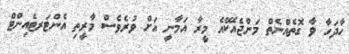
ހާދަހާ ވާ ގޮތެއްނެތް މަންޖެއެކޭއެ މީރާ އަމާނީ އަށް ވުރެވެސް މާރީތި އެންޓަރޓެއިންޓް